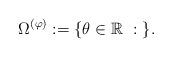
LaTeX: \begin{align*}\Omega^{(\varphi)}:=\{\theta\in{\mathbb R}\ :\ \}.\end{align*}